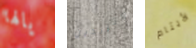
يالها وتريدين الأيتام